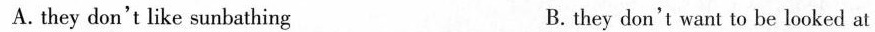
A. they don't like sunbathing B. they don't want to be looked at